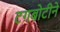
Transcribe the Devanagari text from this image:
टगबोटीने